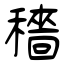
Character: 穡